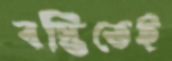
বস্তিতেই